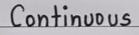
Continuous